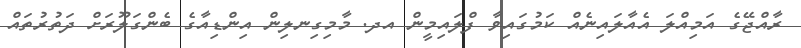
ރާއްޖޭގެ އަމިއްލަ އެއާލައިނެއް ކަމުގައިވާ ފްލައިމީން އދ. މާމިގިނލިން އިންޑިއާގެ ބެންގަލޫރަށް ދަތުރުތައް